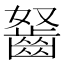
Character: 𪗭